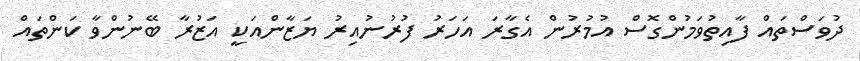
ދުވަސްތައް ފާއިތުވަމުންގޮސް އުމުރުން އެގާރަ އަހަރު ފުރުނުއިރު ޔަޒާންއަކީ އަޒުރާ ބޭނުންވާ ކަންތައް